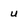
Character: u